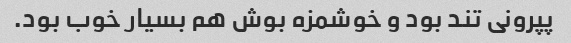
پپرونی تند بود و خوشمزه بوش هم بسیار خوب بود.